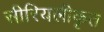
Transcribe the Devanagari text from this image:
सीरियलीकृत